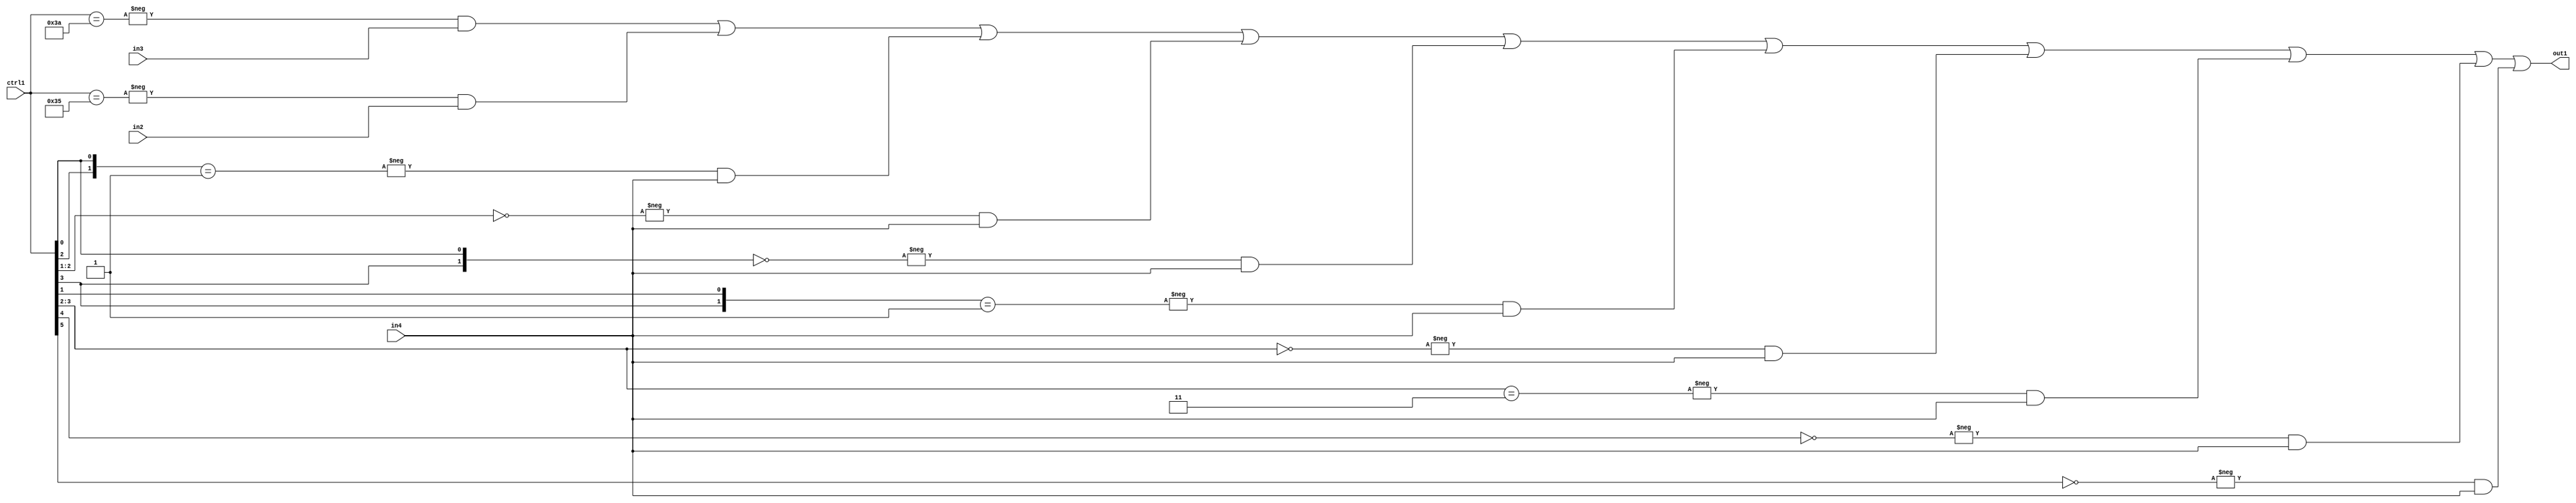
`timescale 1ps / 1ps
/*****************************************************************************
    Verilog RTL Description
    
    
    Created by: Stratus DpOpt 21.05.01 
*******************************************************************************/

module SobelFilter_N_Mux_32_3_106_4 (
	in4,
	in3,
	in2,
	ctrl1,
	out1
	); /* architecture "behavioural" */ 
input [31:0] in4;
input [8:0] in3,
	in2;
input [5:0] ctrl1;
output [31:0] out1;
wire [31:0] asc001;

assign asc001 = 
	-{ctrl1 == 6'B111010} & in3 |
	-{ctrl1 == 6'B110101} & in2 |
	-{{ctrl1[2], ctrl1[0]} == 2'B01} & in4 |
	-{ctrl1[2:1] == 2'B00} & in4 |
	-{{ctrl1[3], ctrl1[0]} == 2'B00} & in4 |
	-{{ctrl1[3], ctrl1[1]} == 2'B01} & in4 |
	-{ctrl1[3:2] == 2'B00} & in4 |
	-{ctrl1[3:2] == 2'B11} & in4 |
	-{ctrl1[4] == 1'B0} & in4 |
	-{ctrl1[5] == 1'B0} & in4 ;

assign out1 = asc001;
endmodule

/* CADENCE  vrf5Swk= : u9/ySxbfrwZIxEzHVQQV8Q== ** DO NOT EDIT THIS LINE ******/